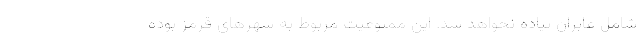
شامل عابران پیاده نخواهد شد. این ممنوعیت مربوط به شهرهای قرمز بوده